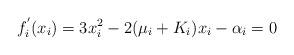
LaTeX: \begin{align*} f_i^{'}(x_i) = 3x_i^{2}-2(\mu_i+K_i)x_i-\alpha_i = 0 \end{align*}